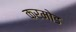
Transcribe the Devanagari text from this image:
करमोड